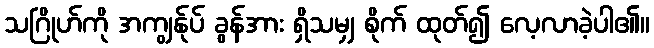
သဂြိုဟ်ကို အကျွန်ုပ် ခွန်အား ရှိသမျှ စိုက် ထုတ်၍ လေ့လာခဲ့ပါ၏။